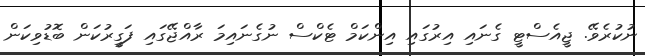
ނުކުރެވޭ. ޖީއެސްޓީ ގެނައި އިރުގައި އިންކަމް ޓެކްސް ނުގެނައިމަ ރާއްޖޭގައި ފަގީރުކަން ބޮޑުވިކަން